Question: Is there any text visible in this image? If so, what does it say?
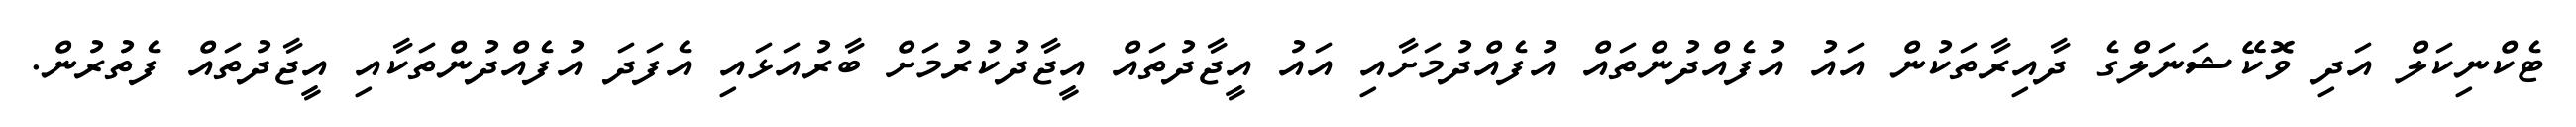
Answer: ޓެކްނިކަލް އަދި ވޮކޭޝަނަލްގެ ދާއިރާތަކުން އައު އުފެއްދުންތައް އުފެއްދުމަށާއި އައު އީޖާދުތައް އީޖާދުކުރުމަށް ބާރުއަޅައި އެފަދަ އުފެއްދުންތަކާއި އީޖާދުތައް ފެތުރުން.